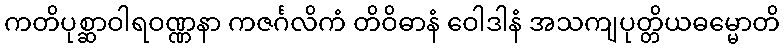
ကတိပုစ္ဆာဝါရဝဏ္ဏနာ ကဇင်္ဂလိကံ တိဝိဓာနံ ဝေါဒါနံ အသကျပုတ္တိယဓမ္မောတိ